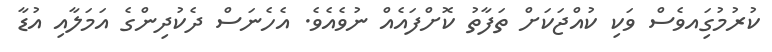
ކުރުމުގަިއވެސް ވަކި ކުއްޖަކަށް ތަފާތު ކޮށްފައެއް ނުވެއެވެ. އެހެނަސް ދެކުދިންގެ އަމަލާއި އުޑާ